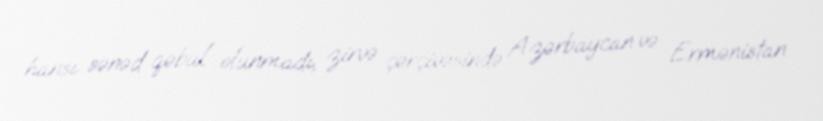
hansı sənəd qəbul olunmadı, zirvə çərçivəsində Azərbaycan və Ermənistan